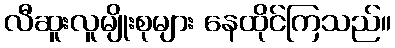
လီဆူးလူမျိုးစုများ နေထိုင်ကြသည်။